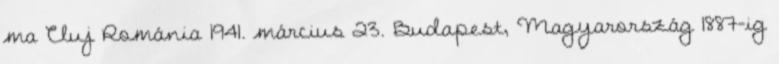
ma Cluj Románia 1941. március 23. Budapest, Magyarország 1887-ig